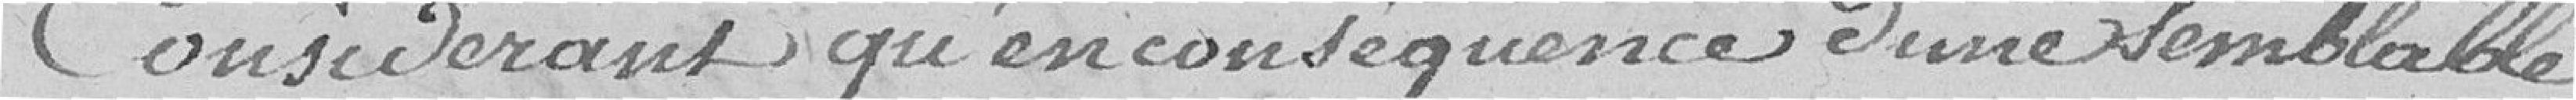
Considérant qu'en conséquence d'une semblable